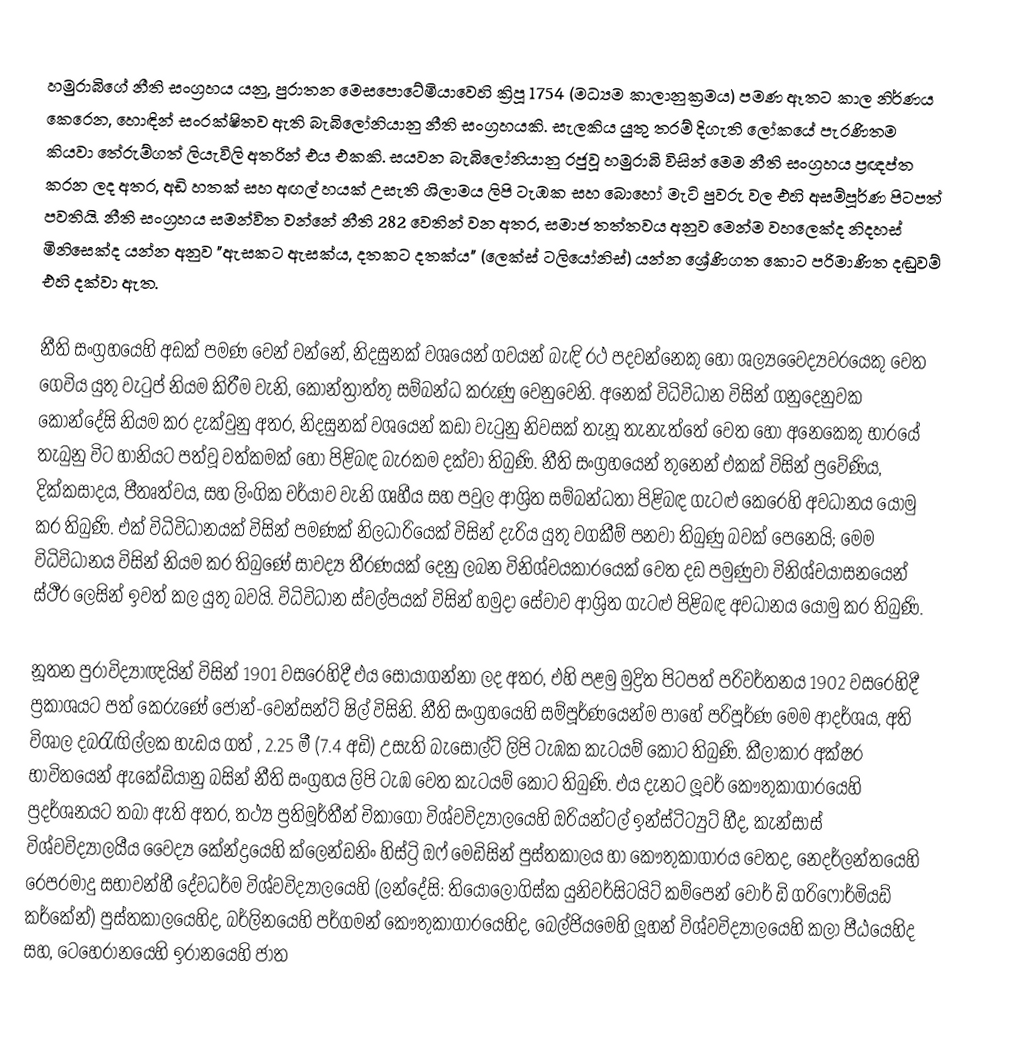
හමුරාබිගේ නීති සංග්‍රහය යනු, පුරාතන මෙසපොටේමියාවෙහි ක්‍රිපූ 1754 (මධ්‍යම කාලානුක්‍රමය) පමණ ඈතට කාල නිර්ණය කෙරෙන, හොඳින් සංරක්ෂිතව ඇති බැබිලෝනියානු  නීති සංග්‍රහයකි. සැලකිය යුතු තරම් දිගැති ලෝකයේ පැරණිතම කියවා තේරුම්ගත් ලියැවිලි අතරින් එය එකකි. සයවන බැබිලෝනියානු රජුවූ හමුරාබි විසින් මෙම නීති සංග්‍රහය ප්‍රඥප්ත කරන ලද අතර, අඩි හතක් සහ අඟල් හයක් උසැති ශිලාමය  ලිපි ටැඹක  සහ බොහෝ මැටි පුවරු වල එහි අසම්පූර්ණ පිටපත් පවතියි. නීති සංග්‍රහය සමන්විත වන්නේ නීති 282 වෙතින් වන අතර, සමාජ තත්තවය අනුව මෙන්ම වහලෙක්ද නිදහස් මිනිසෙක්ද යන්න අනුව "ඇසකට ඇසක්ය,  දතකට දතක්ය" (ලෙක්ස් ටලියෝනිස්) යන්න ශ්‍රේණිගත කොට පරිමාණිත දඬුවම් එහි දක්වා ඇත.

නීති සංග්‍රහයෙහි අඩක් පමණ වෙන් වන්නේ, නිදසුනක් වශයෙන් ගවයන් බැඳි රථ පදවන්නෙකු හෝ  ශල්‍යවෛද්‍යවරයෙකු වෙත ගෙවිය යුතු වැටුප් නියම කිරීම වැනි, කොන්ත්‍රාත්තු සම්බන්ධ කරුණු වෙනුවෙනි.  අනෙක් විධිවිධාන විසින්  ගනුදෙනුවක කොන්දේසි නියම කර දැක්වුනු අතර, නිදසුනක් වශයෙන් කඩා වැටුනු නිවසක් තැනූ තැනැත්තේ වෙත හෝ අනෙකෙකු භාරයේ තැබුනු විට හානියට පත්වූ වත්කමක් හෝ පිළිබඳ බැරකම  දක්වා තිබුණි. නීති සංග්‍රහයෙන් තුනෙන් එකක් විසින්  ප්‍රවේණිය, දික්කසාදය, පීතෘත්වය, සහ ලිංගික චර්යාව වැනි ගෘහීය සහ පවුල ආශ්‍රිත සම්බන්ධතා පිළිබඳ ගැටළු කෙරෙහි අවධානය යොමු කර තිබුණි. එක් විධිවිධානයක් විසින් පමණක් නිලධාරියෙක් විසින් දැරිය යුතු වගකීම් පනවා තිබුණු බවක් පෙනෙයි; මෙම විධිවිධානය විසින් නියම කර තිබුණේ සාවද්‍ය තීරණයක් දෙනු ලබන විනිශ්චයකාරයෙක් වෙත දඩ පමුණුවා විනිශ්චයාසනයෙන් ස්ථීර ලෙසින් ඉවත් කල යුතු බවයි.  විධිවිධාන ස්වල්පයක් විසින් හමුදා සේවාව ආශ්‍රිත ගැටළු පිළිබඳ අවධානය යොමු කර තිබුණි.

නූතන පුරාවිද්‍යාඥයින් විසින් 1901 වසරෙහිදී එය සොයාගන්නා ලද අතර, එහි  පළමු මුද්‍රිත පිටපත් පරිවර්තනය 1902 වසරෙහිදී ප්‍රකාශයට පත් කෙරුණේ  ජොන්-වෙන්සන්ට් ෂිල් විසිනි. නීති සංග්‍රහයෙහි සම්පූර්ණයෙන්ම පාහේ  පරිපූර්ණ මෙම ආදර්ශය,  අති විශාල  දබරැඟිල්ලක හැඩය ගත් , 2.25 මී (7.4 අඩි) උසැති බැසෝල්ට් ලිපි ටැඹක  කැටයම් කොට තිබුණි. කීලාකාර අක්ෂර භාවිතයෙන්  ඇකේඩියානු බසින් නීති සංග්‍රහය ලිපි ටැඹ වෙත කැටයම් කොට තිබුණි. එය දැනට ලූවර් කෞතුකාගාරයෙහි ප්‍රදර්ශනයට තබා ඇති අතර, තථ්‍ය ප්‍රතිමූර්තීන්  චිකාගෝ විශ්වවිද්‍යාලයෙහි ඔරියන්ටල් ඉන්ස්ටිට්‍යුට් හීද, කැන්සාස් විශ්වවිද්‍යාලයීය වෛද්‍ය කේන්ද්‍රයෙහි ක්ලෙන්ඩනිං හිස්ට්‍රි ඔෆ් මෙඩිසින් පුස්තකාලය හා කෞතුකාගාරය වෙතද, නෙදර්ලන්තයෙහි   රෙපරමාදු සභාවන්හී  දේවධර්ම විශ්වවිද්‍යාලයෙහි (ලන්දේසි: තියෝලෝගිස්ක යුනිවර්සිටයිට් කම්පෙන් වෝර් ඩි  ගරිෆොර්මියඩ් කර්කේන්) පුස්තකාලයෙහිද, බර්ලිනයෙහි    පර්ගමන් කෞතුකාගාරයෙහිද, බෙල්ජියමෙහි ලූහන් විශ්වවිද්‍යාලයෙහි කලා පීඨයෙහිද සහ, ටෙහෙරානයෙහි   ඉරානයෙහි ජාත